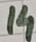
Text: 14